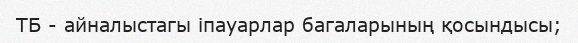
ТБ - айналыстагы іпауарлар багаларының қосындысы;